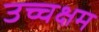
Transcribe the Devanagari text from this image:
उच्चक्षम